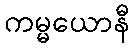
ကမ္မယောနီ